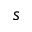
s